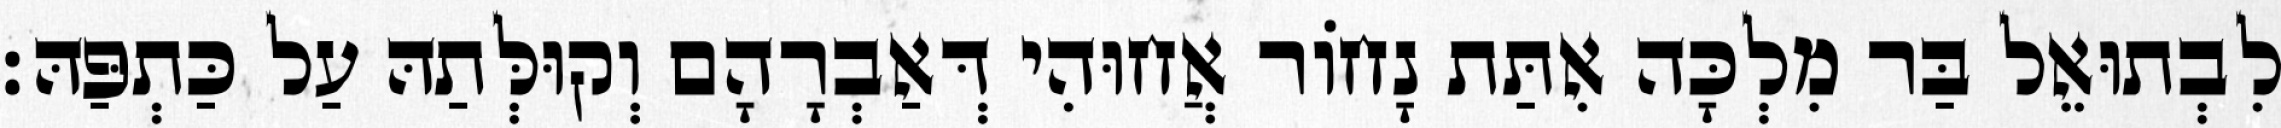
לִבְתוּאֵל בַּר מִלְכָּה אִתַּת נָחוֹר אֲחוּהִי דְּאַבְרָהָם וְקוּלְּתַהּ עַל כַּתְפַּהּ׃